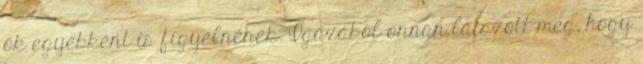
ők egyébként is figyelnének. Igazából onnan látszott meg, hogy